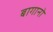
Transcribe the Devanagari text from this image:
बागानो